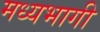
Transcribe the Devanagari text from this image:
मध्‍यभागी